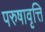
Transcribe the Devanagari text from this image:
परुषावृत्ति